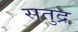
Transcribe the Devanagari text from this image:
सतुद्र